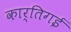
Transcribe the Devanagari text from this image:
कार्तिगई